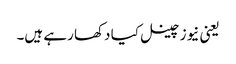
یعنی نیوز چینل کیا دکھا رہے ہیں۔